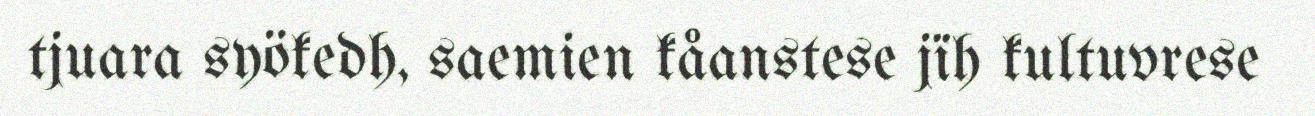
tjuara syökedh, saemien kåanstese jïh kultuvrese